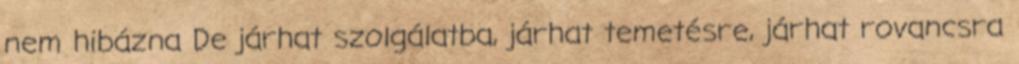
nem hibázna De járhat szolgálatba, járhat temetésre, járhat rovancsra